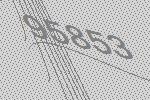
95853